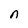
Character: n